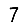
Digit: 7